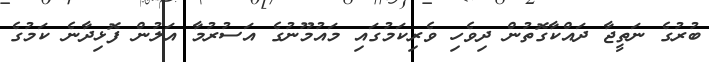
ބުރުގެ ނަތީޖާ ދައްކާގޮތުން ދިވެހި ވެރިކަމުގައި މައުމޫނުގެ އަސުރުމާ އަލުން ފޮޅިދާނެ ކަމުގެ